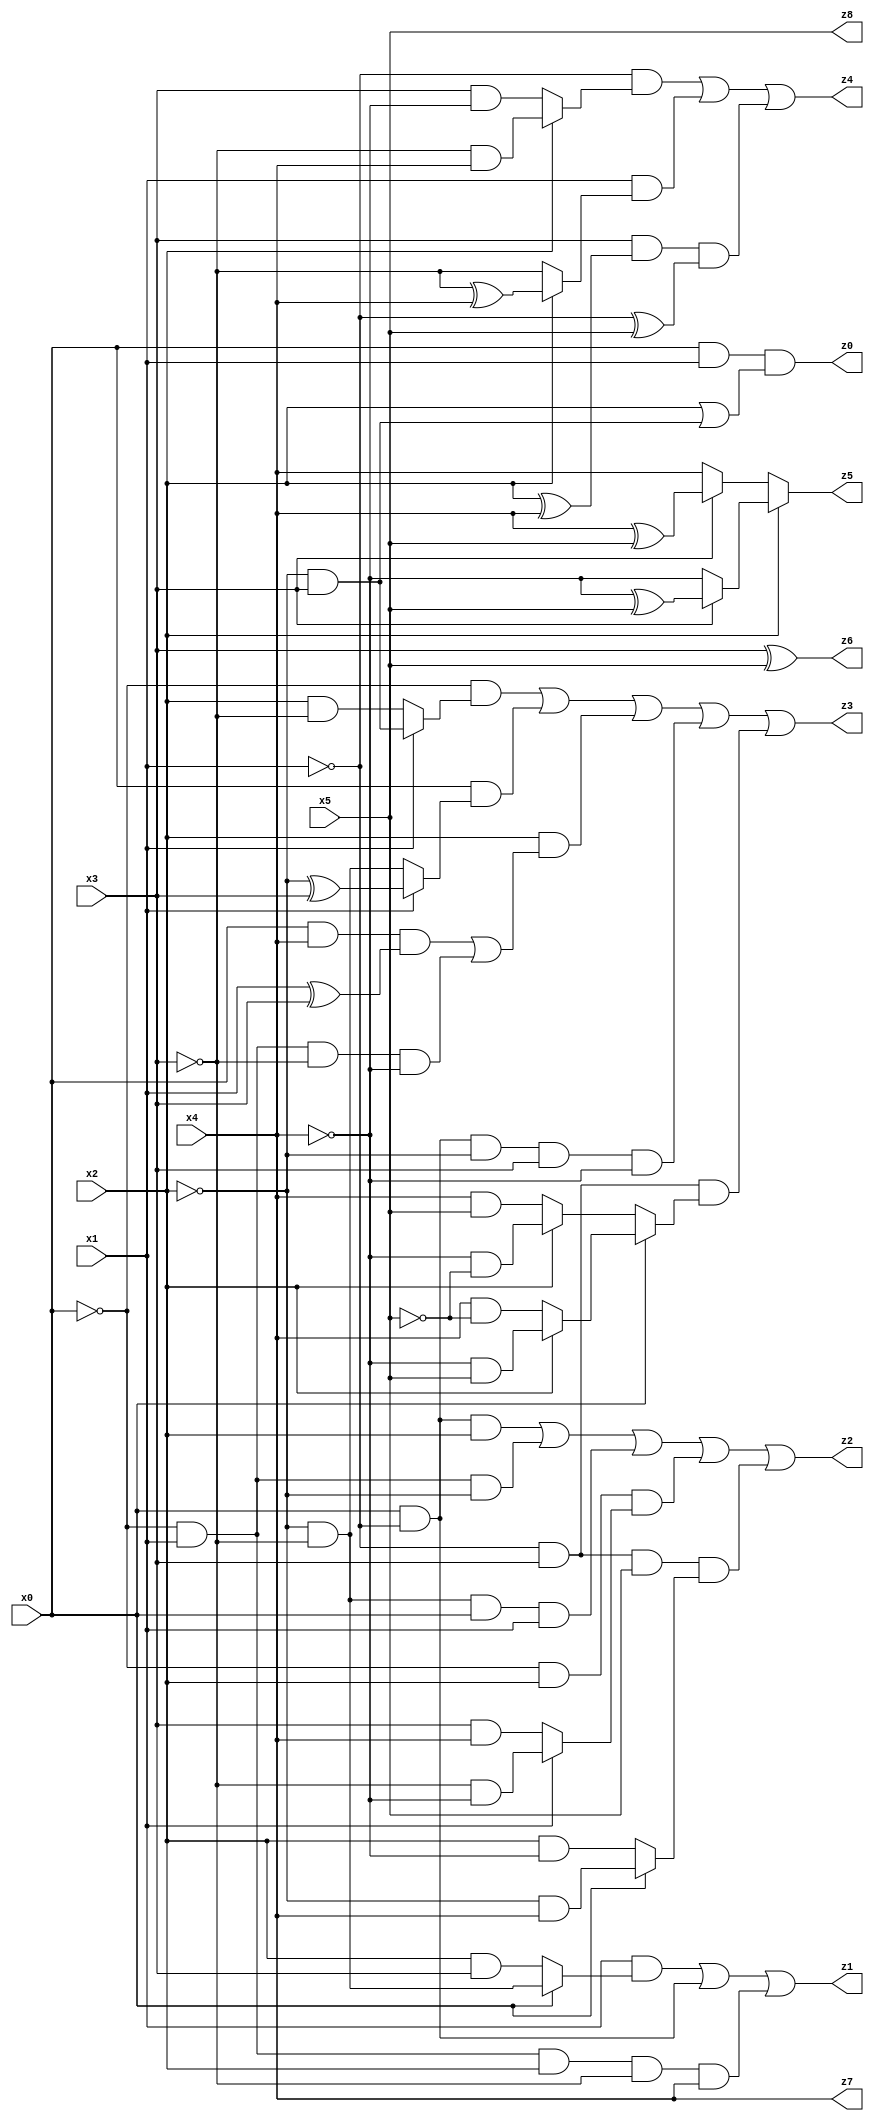
// Benchmark "X_9" written by ABC on Tue Jun 06 22:21:50 2023

module X_9 ( 
    x0, x1, x2, x3, x4, x5,
    z0, z1, z2, z3, z4, z5, z6, z7, z8  );
  input  x0, x1, x2, x3, x4, x5;
  output z0, z1, z2, z3, z4, z5, z6, z7, z8;
  assign z0 = x0 & x1 & (x2 | (~x2 & x3));
  assign z1 = (x1 & (x0 ? (~x2 & ~x3) : (x2 & x3))) | (x0 & ~x1) | (~x0 & x1 & x2 & ~x3 & x4);
  assign z2 = (x0 & ~x1 & x2) | (~x0 & x1 & ~x2) | (~x2 & ~x3 & x0 & x1) | (~x0 & x2 & (x1 ? (~x3 & ~x4) : (x3 & x4))) | (~x1 & x3 & x5 & (x0 ? (~x2 & x4) : (x2 & ~x4)));
  assign z3 = (~x0 & (x1 ? (~x2 & x3) : (x2 & ~x3))) | (x0 & (x1 ? (~x2 ^ x3) : (~x2 & ~x3))) | (x2 & ((x0 & x4 & (x1 ^ x3)) | (~x0 & x1 & ~x3 & ~x4))) | (x0 & ~x1 & ~x2 & x3 & ~x4) | (~x1 & x3 & (x0 ? (x2 ? (~x4 & x5) : (x4 & ~x5)) : (x2 ? (~x4 & ~x5) : (x4 & x5))));
  assign z4 = (~x1 & (x2 ? (~x3 & x4) : (x3 & ~x4))) | (x1 & (x2 ? (~x3 ^ x4) : ~x3)) | (x3 & (x2 ^ x4) & (~x1 ^ x5));
  assign z5 = x2 ? (x3 ? (~x4 ^ x5) : ~x4) : (x3 ? (x4 ^ x5) : x4);
  assign z6 = x3 ^ x5;
  assign z7 = x4;
  assign z8 = x5;
endmodule